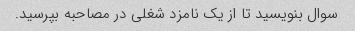
سوال بنویسید تا از یک نامزد شغلی در مصاحبه بپرسید.